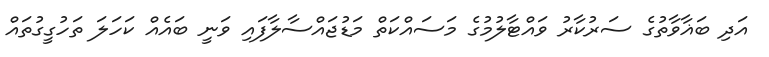
އަދި ބަޣާވާތުގެ ސަރުކާރު ވައްޓާލުމުގެ މަސައްކަތް މަޑުޖައްސާލާފައި ވަނީ ބައެއް ކަހަލަ ތަހުގީގުތައް